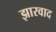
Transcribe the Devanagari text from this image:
झारवाद